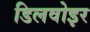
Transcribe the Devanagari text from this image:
डिलवोइर